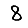
Digit: 8